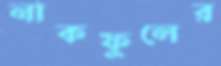
নাকফুলের